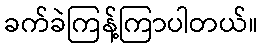
ခက်ခဲကြန့်ကြာပါတယ်။